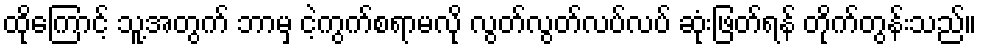
ထိုကြောင့် သူ့အတွက် ဘာမှ ငဲ့ကွက်စရာမလို လွတ်လွတ်လပ်လပ် ဆုံးဖြတ်ရန် တိုက်တွန်းသည်။